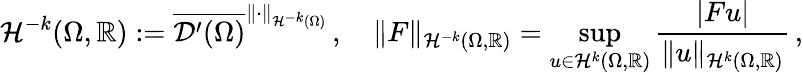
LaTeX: \mathcal{H}^{-k}(\Omega,\mathbb{{R}}):=\overline{{{\mathcal{{D}}^{\prime}(\Omega)}}}^{\| \cdot\| _{\mathcal{H}^{-k}(\Omega)}}\, ,\quad\| F\| _{\mathcal{H}^{-k}(\Omega,\mathbb{{R}})}=\operatorname*{sup}_{u\in{\mathcal{H}^{k}(\Omega,\mathbb{{R}})}}\frac{{|Fu|}}{{\| u\| _{\mathcal{H}^{k}(\Omega,\mathbb{{R}})}}}\, ,